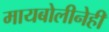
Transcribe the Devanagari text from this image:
मायबोलीनेही